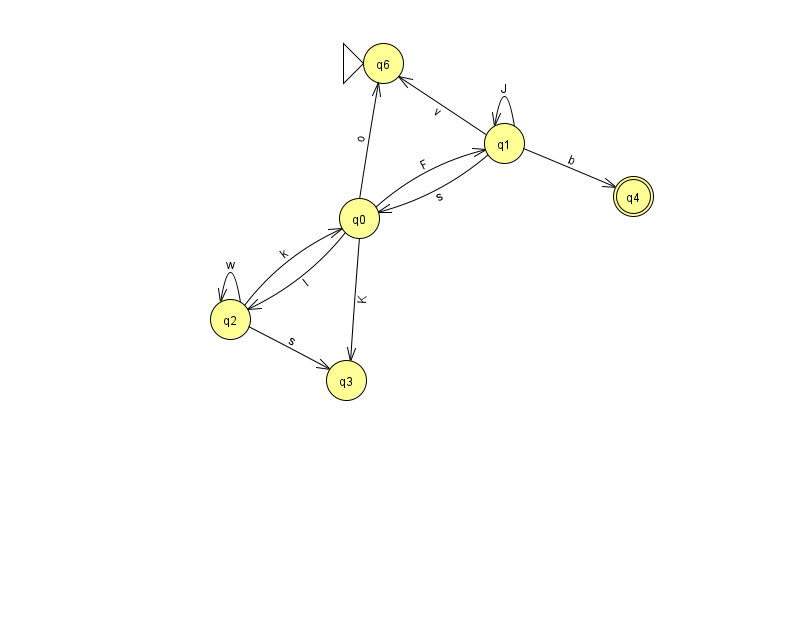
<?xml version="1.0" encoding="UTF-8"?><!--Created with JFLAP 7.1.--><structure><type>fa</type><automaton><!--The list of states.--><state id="0" name="q0"><x>359.0</x><y>205.0</y></state><state id="1" name="q1"><x>504.0</x><y>130.0</y></state><state id="2" name="q2"><x>230.0</x><y>306.0</y></state><state id="3" name="q3"><x>346.0</x><y>367.0</y></state><state id="4" name="q4"><x>633.0</x><y>183.0</y><final/></state><state id="6" name="q6"><x>383.0</x><y>50.0</y><initial/></state><!--The list of transitions.--><transition><from>0</from><to>1</to><read>F</read></transition><transition><from>2</from><to>0</to><read>k</read></transition><transition><from>0</from><to>2</to><read>l</read></transition><transition><from>1</from><to>0</to><read>s</read></transition><transition><from>1</from><to>6</to><read>v</read></transition><transition><from>1</from><to>4</to><read>b</read></transition><transition><from>2</from><to>2</to><read>w</read></transition><transition><from>0</from><to>3</to><read>K</read></transition><transition><from>2</from><to>3</to><read>s</read></transition><transition><from>0</from><to>6</to><read>o</read></transition><transition><from>1</from><to>1</to><read>J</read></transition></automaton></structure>